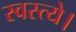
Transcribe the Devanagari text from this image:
स्वस्त्ये।